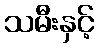
သမီးနှင့်